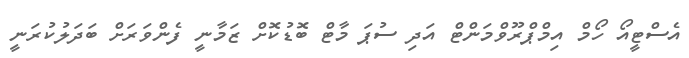
އެސްޓީއޯ ހޯމް އިމްޕްރޫވްމަންޓް އަދި ސުޕަ މާޓް ބޮޑުކޮށް ޒަމާނީ ފެންވަރަށް ބަދަލުކުރަނީ